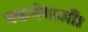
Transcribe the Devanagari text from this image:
पकनेवाली।